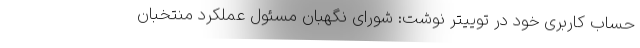
حساب کاربری خود در توییتر نوشت: شورای نگهبان مسئول عملکرد منتخبان